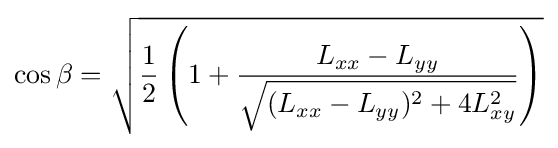
\cos \beta ={\sqrt {{\frac {1}{2}}\left(1+{\frac {L_{xx}-L_{yy}}{\sqrt {(L_{xx}-L_{yy})^{2}+4L_{xy}^{2}}}}\right)}}